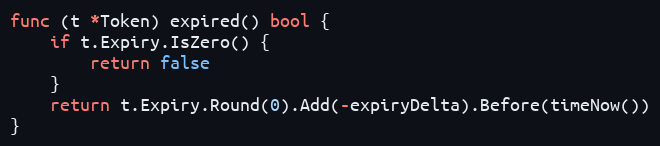
Language: Go
func (t *Token) expired() bool {
	if t.Expiry.IsZero() {
		return false
	}
	return t.Expiry.Round(0).Add(-expiryDelta).Before(timeNow())
}